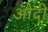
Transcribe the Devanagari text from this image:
ओदी